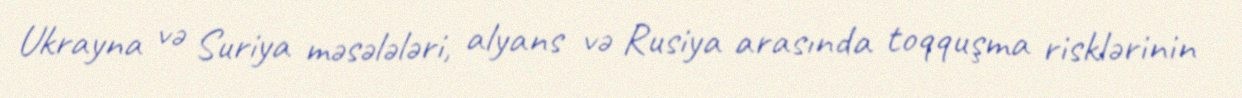
Ukrayna və Suriya məsələləri, alyans və Rusiya arasında toqquşma risklərinin